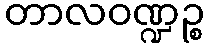
တာလဝဏ္ဍဉ္စ